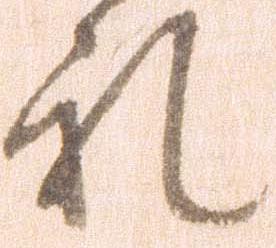
礼